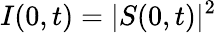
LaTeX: I(0,t)=\lvert S(0,t)\rvert^{2}